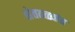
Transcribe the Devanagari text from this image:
शेततळ्यांत